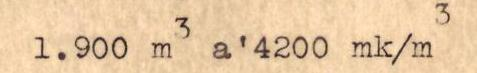
1.900 m3 a' 4200 mk/m3